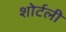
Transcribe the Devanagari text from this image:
शोर्टली